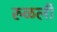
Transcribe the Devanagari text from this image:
रुळली